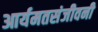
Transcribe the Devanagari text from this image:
आर्यमतसंजीवनी